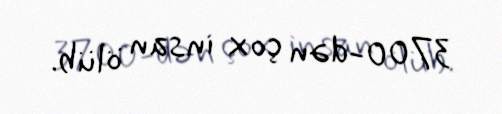
3700-dən çox insan ölüb.